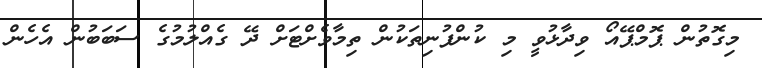
މިގޮތުން ޕޮމްޕޭއޯ ވިދާޅުވީ މި ކުންފުނިތަކުން ތިމާވެށްޓަށް ދޭ ގެއްލުމުގެ ސަބަބުން އެހެން